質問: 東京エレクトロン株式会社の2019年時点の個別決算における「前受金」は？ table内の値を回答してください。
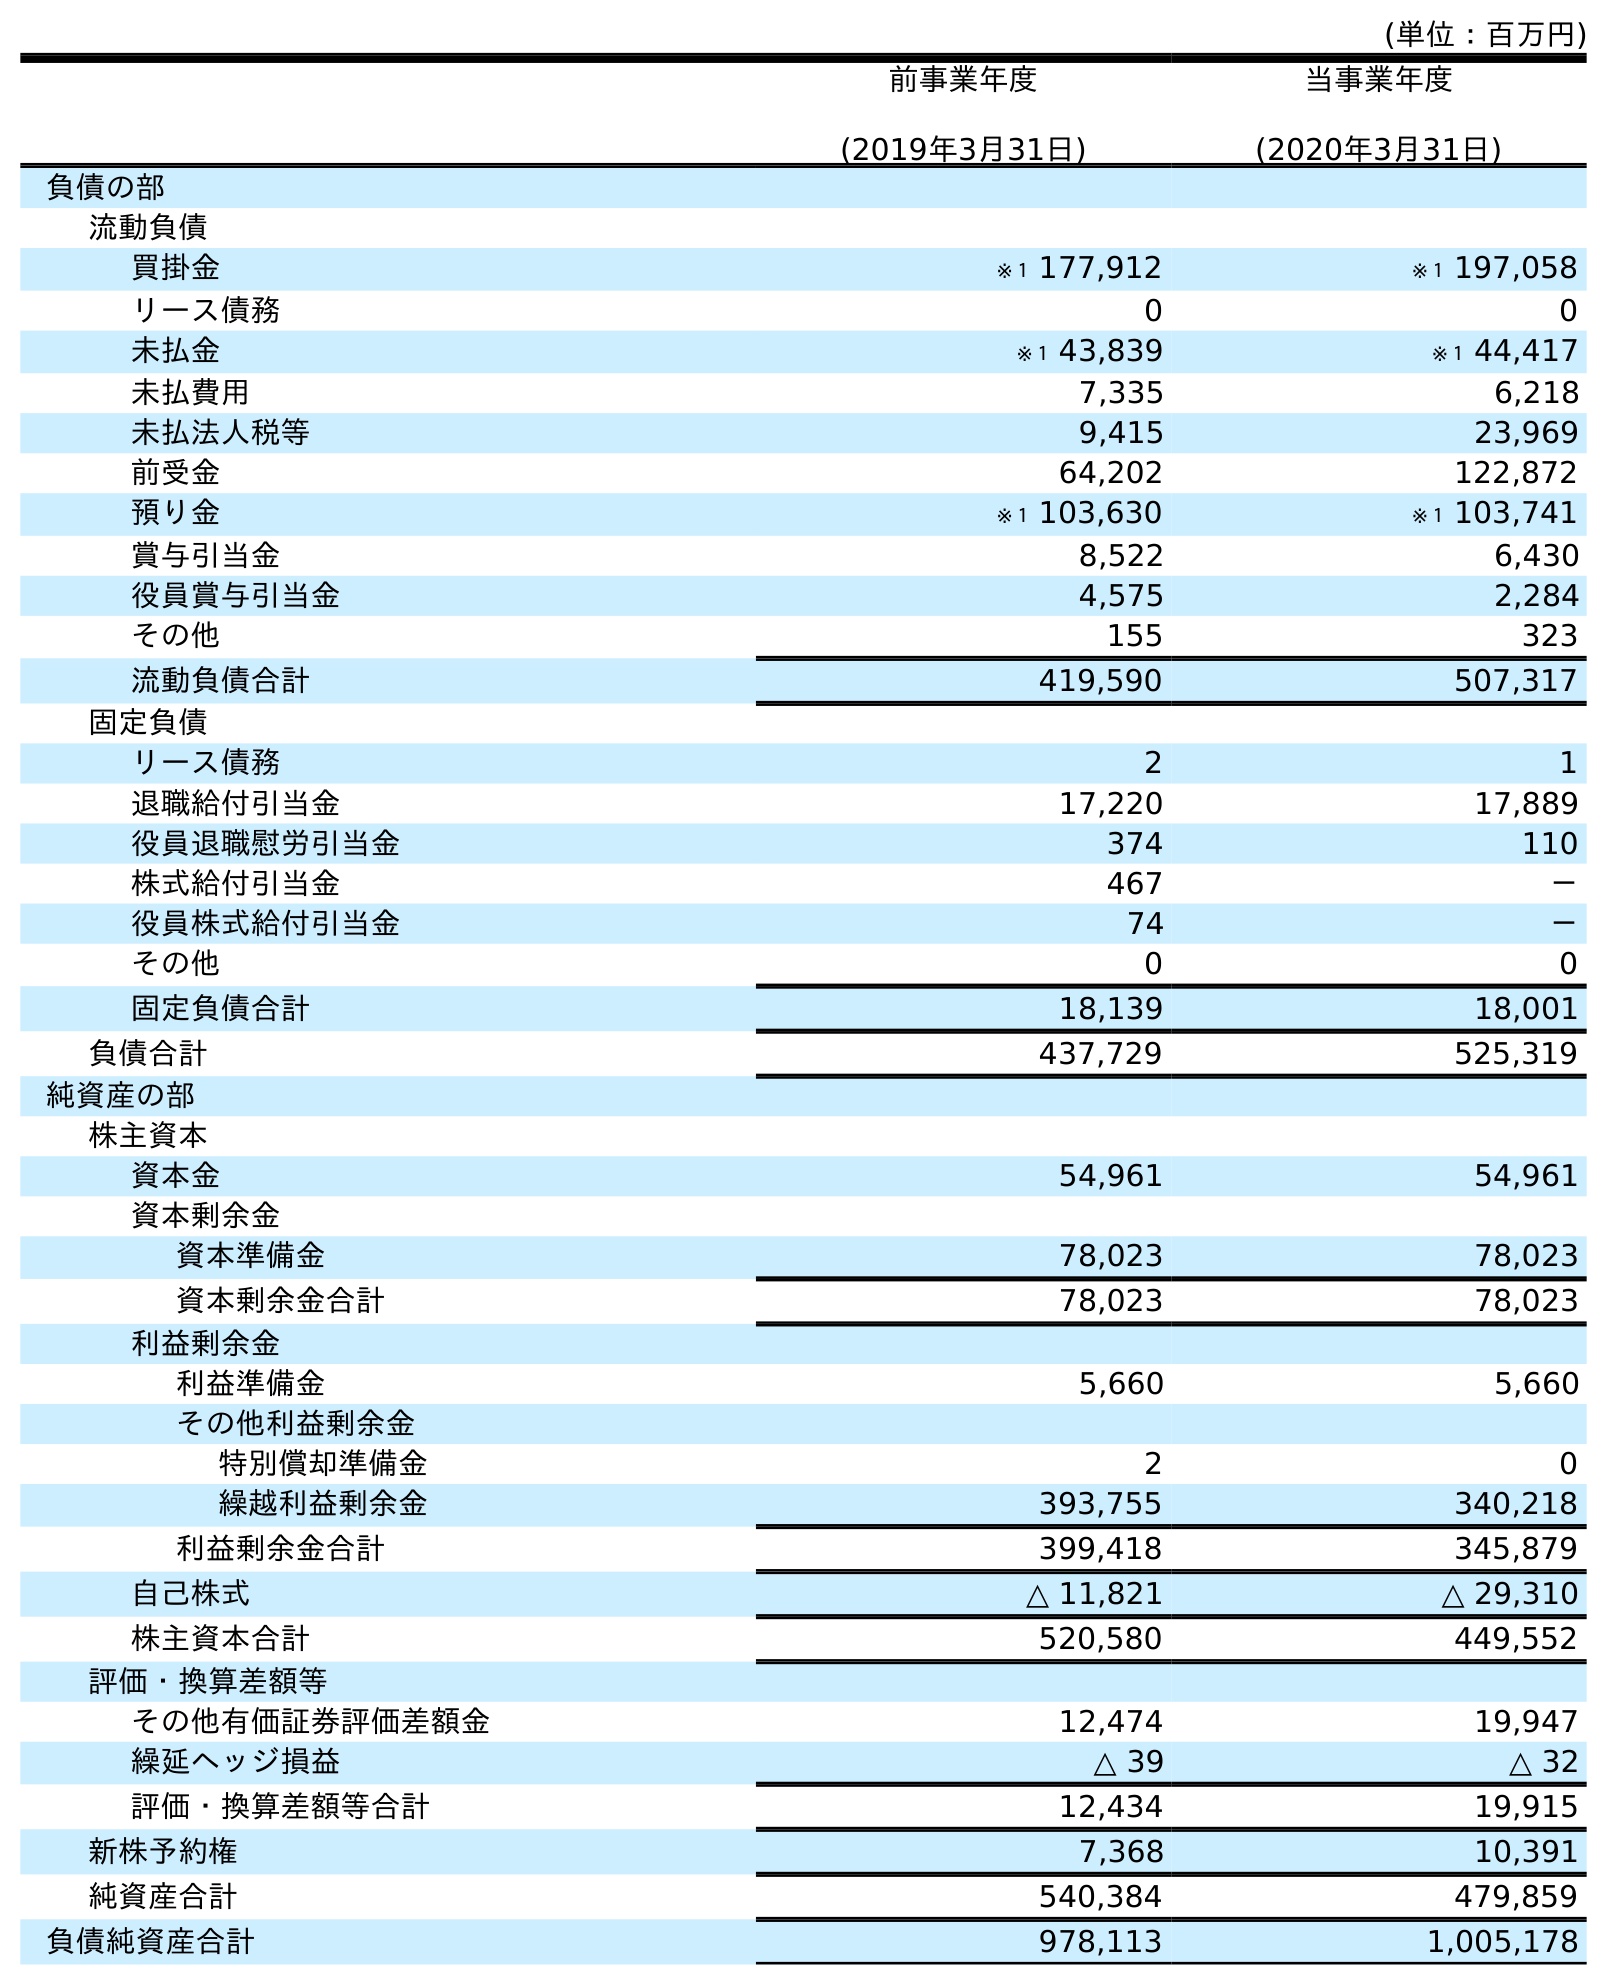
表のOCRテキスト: (単位：百万円) 前事業年度 (2019年3月31日) 当事業年度 (2020年3月31日) 負債の部 流動負債 買掛金 ※１ 177,912 ※１ 197,058 リース債務 0 0 未払金 ※１ 43,839 ※１ 44,417 未払費用 7,335 6,218 未払法人税等 9,415 23,969 前受金 64,202 122,872 預り金 ※１ 103,630 ※１ 103,741 賞与引当金 8,522 6,430 役員賞与引当金 4,575 2,284 その他 155 323 流動負債合計 419,590 507,317 固定負債 リース債務 2 1 退職給付引当金 17,220 17,889 役員退職慰労引当金 374 110 株式給付引当金 467 － 役員株式給付引当金 74 － その他 0 0 固定負債合計 18,139 18,001 負債合計 437,729 525,319 純資産の部 株主資本 資本金 54,961 54,961 資本剰余金 資本準備金 78,023 78,023 資本剰余金合計 78,023 78,023 利益剰余金 利益準備金 5,660 5,660 その他利益剰余金 特別償却準備金 2 0 繰越利益剰余金 393,755 340,218 利益剰余金合計 399,418 345,879 自己株式 △ 11,821 △ 29,310 株主資本合計 520,580 449,552 評価・換算差額等 その他有価証券評価差額金 12,474 19,947 繰延ヘッジ損益 △ 39 △ 32 評価・換算差額等合計 12,434 19,915 新株予約権 7,368 10,391 純資産合計 540,384 479,859 負債純資産合計 978,113 1,005,178
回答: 64,202